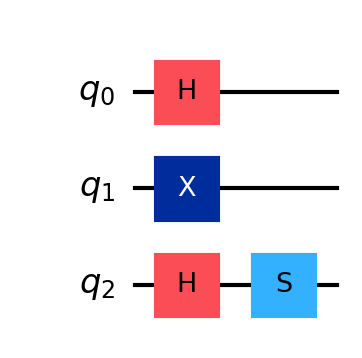
Description: Wiesner quantum money (unclonable states)
描述: Wiesner量子货币（不可克隆态）
Category: blockchain_extended (difficulty: advanced)
Qubits: 3, circuit depth: 2
Blockchain relevance: extended_protocol

Braket implementation:
from braket.circuits import Circuit
circuit = Circuit()
circuit.h(0)
circuit.x(1)
circuit.h(2).s(2)

Qiskit implementation:
from qiskit import QuantumCircuit
circuit = QuantumCircuit(3)
circuit.h(0)
circuit.x(1)
circuit.h(2).s(2)